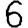
Digit: 6